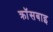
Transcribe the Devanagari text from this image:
क्रॉसबाइ